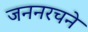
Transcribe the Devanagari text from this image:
जननरचने